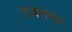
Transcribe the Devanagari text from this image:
ग़जलकार